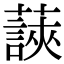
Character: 䕛